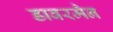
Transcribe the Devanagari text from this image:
डाबरमैन